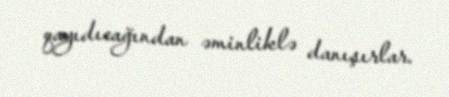
qayıdıcağından əminliklə danışırlar.